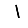
Digit: 1